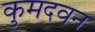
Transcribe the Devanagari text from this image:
कुमदवन